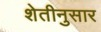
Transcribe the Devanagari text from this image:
शेतीनुसार